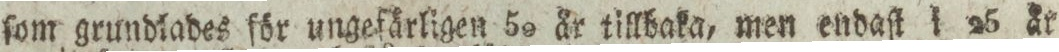
ſom grundlades för ungefärligen 50 år tillbaka, men endaſt i 25 är